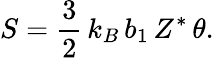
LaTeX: S=\frac{3}{2}\, k_{B}\, b_{1}\, Z^{*}\, \theta.